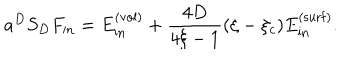
a ^ { D } S _ { D } F _ { \mathrm { i n } } = E _ { \mathrm { i n } } ^ { \mathrm { ( v o l ) } } + \frac { 4 D } { 4 \xi - 1 } ( \xi - \xi _ { c } ) E _ { \mathrm { i n } } ^ { \mathrm { ( s u r f ) } } .